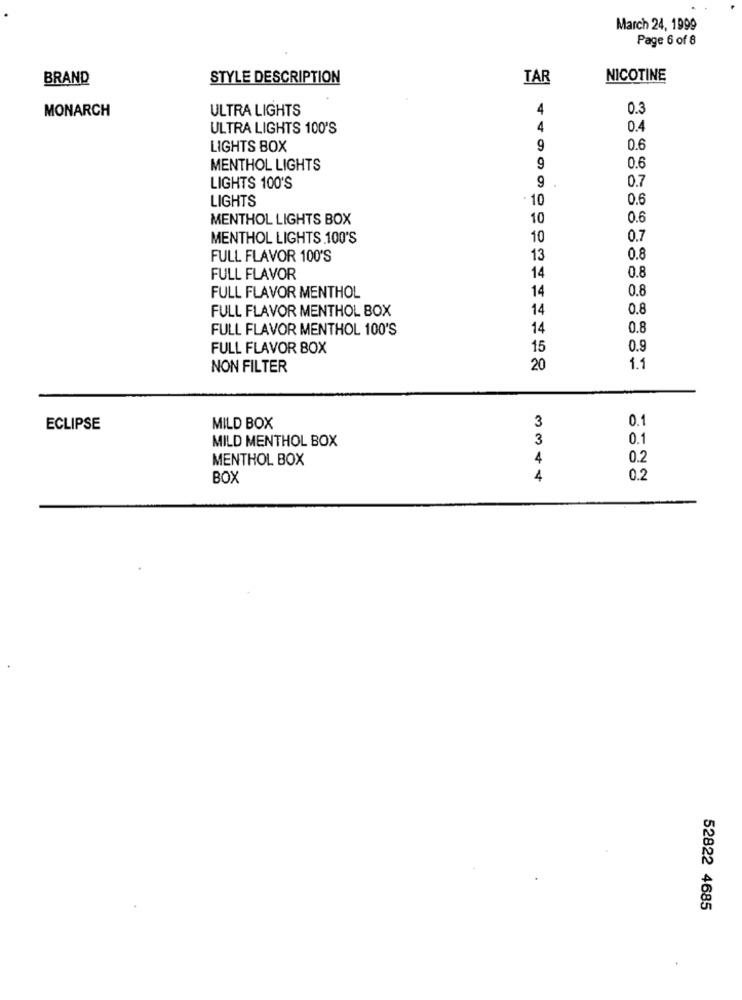
March 24, 1999
Page 6 of 8
BRAND
STYLE DESCRIPTION
TAR
NICOTINE
MONARCH
ULTRA LIGHTS
4
0.3
ULTRA LIGHTS 100'S
4
0.4
LIGHTS BOX
9
0.6
MENTHOL LIGHTS
9
0.6
9
0.7
LIGHTS 100'S
LIGHTS
· 10
0.6
MENTHOL LIGHTS BOX
10
0.6
MENTHOL LIGHTS .100'S
10
0.7
FULL FLAVOR 100'S
13
0.8
FULL FLAVOR
14
0.8
0.8
FULL FLAVOR MENTHOL
14
FULL FLAVOR MENTHOL BOX
14
0.8
FULL FLAVOR MENTHOL 100'S
14
0.8
FULL FLAVOR BOX
15
0.9
NON FILTER
20
1.1
3
0.1
ECLIPSE
MILD BOX
MILD MENTHOL BOX
3
0.1
MENTHOL BOX
4
0.2
BOX
4
0.2
52822 4685